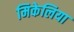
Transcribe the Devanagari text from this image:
मिकेलिया